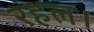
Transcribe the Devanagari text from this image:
रहल।